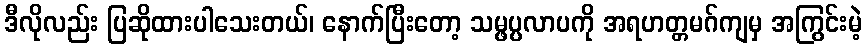
ဒီလိုလည်း ပြဆိုထားပါသေးတယ်၊ နောက်ပြီးတော့ သမ္ဖပ္ပလာပကို အရဟတ္တမဂ်ကျမှ အကြွင်းမဲ့